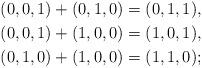
LaTeX: \begin{align*} &(0,0,1) + (0,1,0) = (0,1,1),\\ &(0,0,1) + (1,0,0) = (1,0,1),\\ &(0,1,0) + (1,0,0) = (1,1,0);\end{align*}